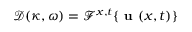
\mathcal { D } ( \kappa , \omega ) = \mathcal { F } ^ { x , t } \{ \textbf { u } ( x , t ) \}